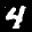
Label: 4